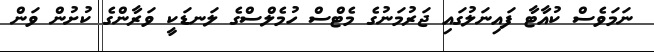
ނަމަވެސް ކުއާޓާ ފައިނަލުގައި ޖަރުމަނުގެ މެޓްސް ހުމެލްސްގެ ލަނޑަކީ ވަރާންގެ ކުށުން ވަން